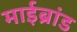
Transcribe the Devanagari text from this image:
माईब्रांड